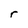
Character: r